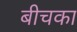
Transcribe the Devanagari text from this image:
बीचका